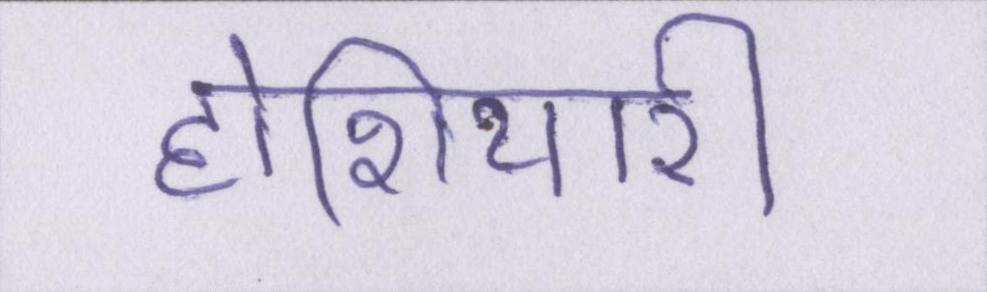
होशियारी